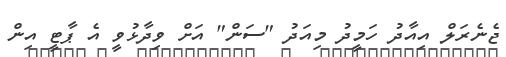
ޖެނެރަލް އިއާދު ހަމީދު މިއަދު "ސަން" އަށް ވިދާޅުވީ އެ ޕާޓީ އިން